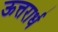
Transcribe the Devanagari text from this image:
ऊत्तरार्ध